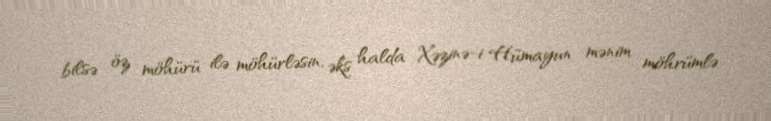
bilsə öz möhürü ilə möhürləsin, əks halda Xəzinə-i Hümayun mənim möhrümlə